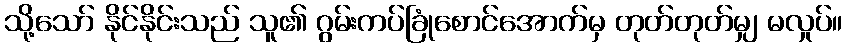
သို့သော် နိုင်နိုင်းသည် သူ၏ ဂွမ်းကပ်ခြုံစောင်အောက်မှ တုတ်တုတ်မျှ မလှုပ်။